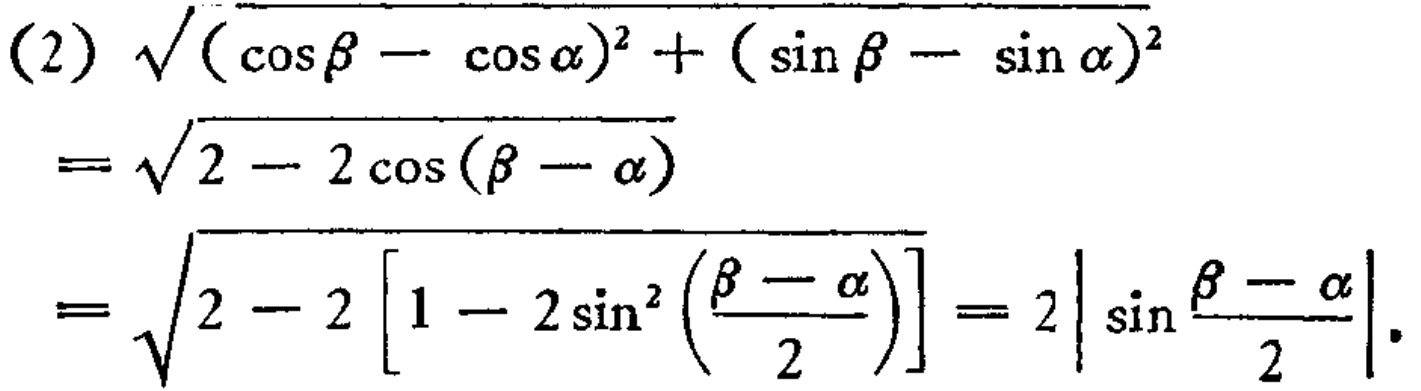
\[
\begin{align*}
&(2)\sqrt{(\cos\beta - \cos\alpha)^2+(\sin\beta - \sin\alpha)^2}\\
=&\sqrt{2 - 2\cos(\beta - \alpha)}\\
=&\sqrt{2 - 2\left[1 - 2\sin^{2}\left(\frac{\beta - \alpha}{2}\right)\right]} = 2\left|\sin\frac{\beta - \alpha}{2}\right|.
\end{align*}
\]